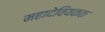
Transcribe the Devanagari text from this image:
महादेवियकक